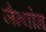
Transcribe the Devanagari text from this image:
जैन्थोन